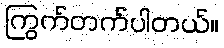
ကြွက်တက်ပါတယ်။